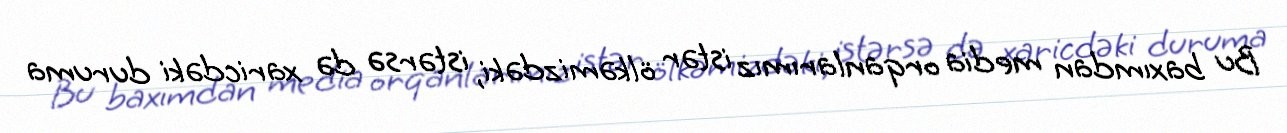
Bu baxımdan media orqanlarımız istər ölkəmizdəki, istərsə də xaricdəki duruma